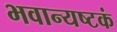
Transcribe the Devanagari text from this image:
भवान्यष्टकं